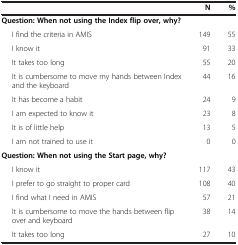
<table><thead><tr><td><b> </b></td><td><b>N</b></td><td><b>%</b></td></tr></thead><tbody><tr><td><b>Question: When not using the Index flip over, why?</b></td><td> </td><td> </td></tr><tr><td>I find the criteria in AMIS</td><td>149</td><td>55</td></tr><tr><td>I know it</td><td>91</td><td>33</td></tr><tr><td>It takes too long</td><td>55</td><td>20</td></tr><tr><td>It is cumbersome to move my hands between Index and the keyboard</td><td>44</td><td>16</td></tr><tr><td>It has become a habit</td><td>24</td><td>9</td></tr><tr><td>I am expected to know it</td><td>23</td><td>8</td></tr><tr><td>It is of little help</td><td>13</td><td>5</td></tr><tr><td>I am not trained to use it</td><td>0</td><td>0</td></tr><tr><td><b>Question: When not using the Start page, why?</b></td><td> </td><td> </td></tr><tr><td>I know it</td><td>117</td><td>43</td></tr><tr><td>I prefer to go straight to proper card</td><td>108</td><td>40</td></tr><tr><td>I find what I need in AMIS</td><td>57</td><td>21</td></tr><tr><td>It is cumbersome to move the hands between flip over and keyboard</td><td>38</td><td>14</td></tr><tr><td>It takes too long</td><td>27</td><td>10</td></tr></tbody></table>